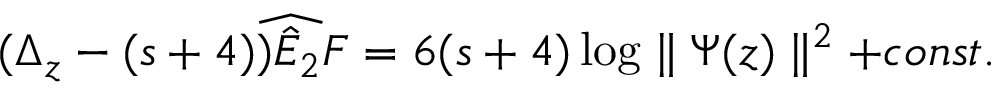
( \Delta _ { z } - ( s + 4 ) ) \widehat { \hat { E } _ { 2 } F } = 6 ( s + 4 ) \log \parallel \Psi ( z ) \parallel ^ { 2 } + c o n s t .